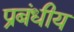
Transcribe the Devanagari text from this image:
प्रबंधीय